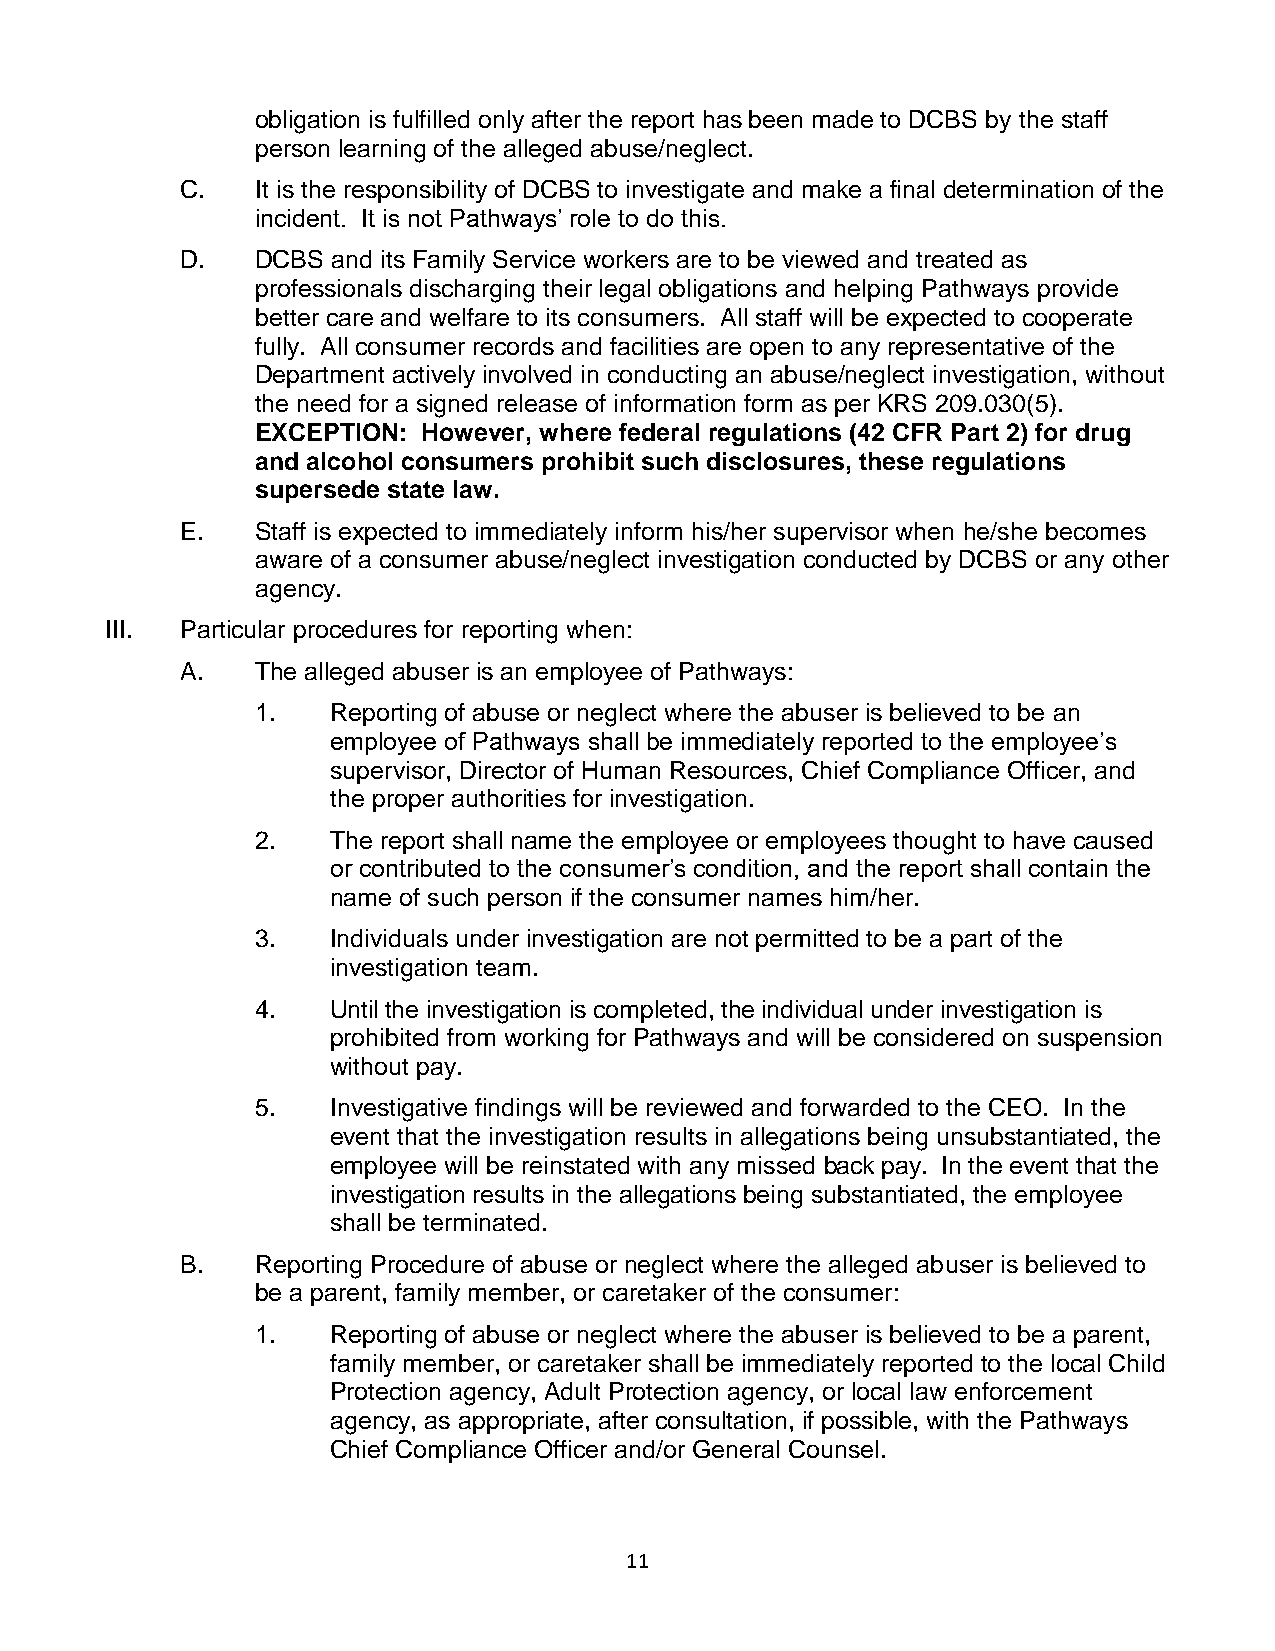
obligation is fulfilled only after the report has been made to DCBS by the staff
 person learning of the alleged abuse/neglect.
 C.   It is the responsibility of DCBS to investigate and make a final determination of the
 incident. It is not Pathways’ role to do this.
 D.   DCBS and its Family Service workers are to be viewed and treated as
 professionals discharging their legal obligations and helping Pathways provide
 better care and welfare to its consumers. All staff will be expected to cooperate
 fully. All consumer records and facilities are open to any representative of the
 Department actively involved in conducting an abuse/neglect investigation, without
 the need for a signed release of information form as per KRS 209.030(5).
 EXCEPTION: However, where federal regulations (42 CFR Part 2) for drug
 and alcohol consumers prohibit such disclosures, these regulations
 supersede state law.
 E.   Staff is expected to immediately inform his/her supervisor when he/she becomes
 aware of a consumer abuse/neglect investigation conducted by DCBS or any other
 agency.
 III. Particular procedures for reporting when:
 A.   The alleged abuser is an employee of Pathways:
 1.   Reporting of abuse or neglect where the abuser is believed to be an
 employee of Pathways shall be immediately reported to the employee’s
 supervisor, Director of Human Resources, Chief Compliance Officer, and
 the proper authorities for investigation.
 2.   The report shall name the employee or employees thought to have caused
 or contributed to the consumer’s condition, and the report shall contain the
 name of such person if the consumer names him/her.
 3.   Individuals under investigation are not permitted to be a part of the
 investigation team.
 4.   Until the investigation is completed, the individual under investigation is
 prohibited from working for Pathways and will be considered on suspension
 without pay.
 5.   Investigative findings will be reviewed and forwarded to the CEO. In the
 event that the investigation results in allegations being unsubstantiated, the
 employee will be reinstated with any missed back pay. In the event that the
 investigation results in the allegations being substantiated, the employee
 shall be terminated.
 B.   Reporting Procedure of abuse or neglect where the alleged abuser is believed to
 be a parent, family member, or caretaker of the consumer:
 1.   Reporting of abuse or neglect where the abuser is believed to be a parent,
 family member, or caretaker shall be immediately reported to the local Child
 Protection agency, Adult Protection agency, or local law enforcement
 agency, as appropriate, after consultation, if possible, with the Pathways
 Chief Compliance Officer and/or General Counsel.
 11